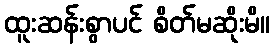
ထူးဆန်းစွာပင် စိတ်မဆိုးမိ။